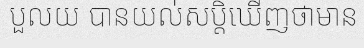
បួលយ បានយល់សប្តិឃើញថាមាន